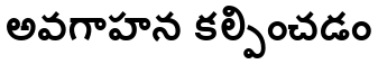
అవగాహన కల్పించడం